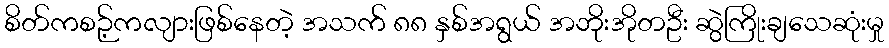
စိတ်ကစဉ့်ကလျားဖြစ်နေတဲ့ အသက် ၈၈ နှစ်အရွယ် အဘိုးအိုတဦး ဆွဲကြိုးချသေဆုံးမှု